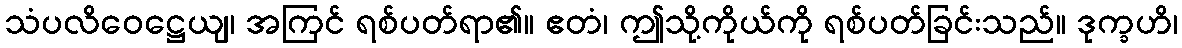
သံပလိဝေဋ္ဌေယျ၊ အကြင် ရစ်ပတ်ရာ၏။ ဧတံ၊ ဤသို့ကိုယ်ကို ရစ်ပတ်ခြင်းသည်။ ဒုက္ခဟိ၊